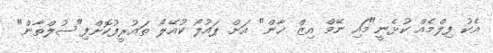
އެކު ފިލްމެއް ކުޅެނީ"މައި ނޭމް އިޒް ޚާން" އަށް ޕައުލޯ ކުއޭލޯ ތައުރީފުކޮށްފި"ސުލްތާން"